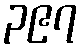
၃၉၇